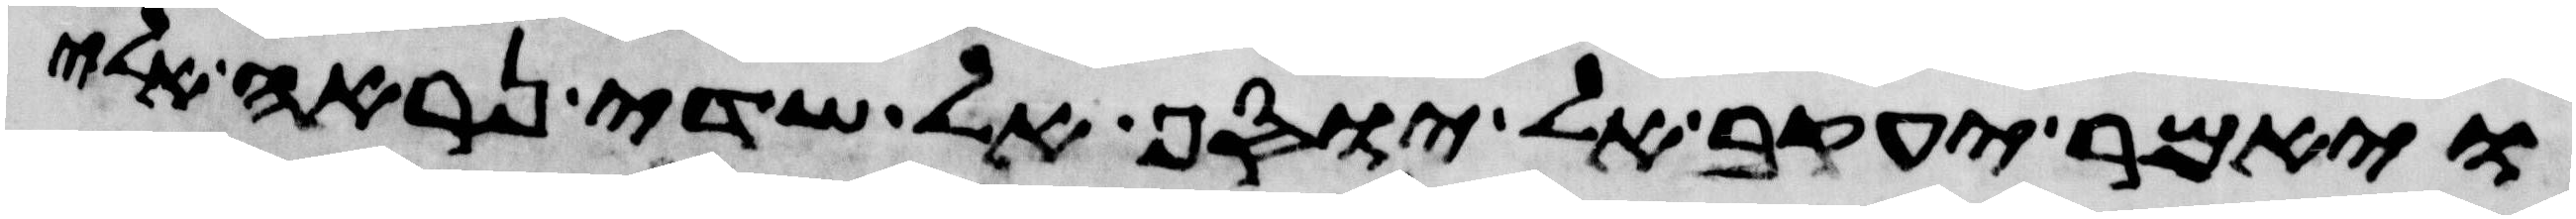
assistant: ויאמר יעקב אל יוסף אל שדי נראה אלי